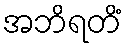
အဘိရတိံ